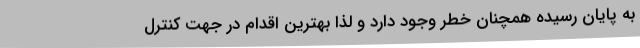
به پایان رسیده همچنان خطر وجود دارد و لذا بهترین اقدام در جهت کنترل